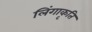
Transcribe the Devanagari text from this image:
लिंगाकृति